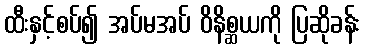
ထီးနှင့်စပ်၍ အပ်မအပ် ဝိနိစ္ဆယကို ပြဆိုခန်း